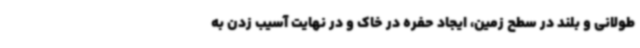
طولانی و بلند در سطح زمین، ایجاد حفره در خاک و در نهایت آسیب زدن به